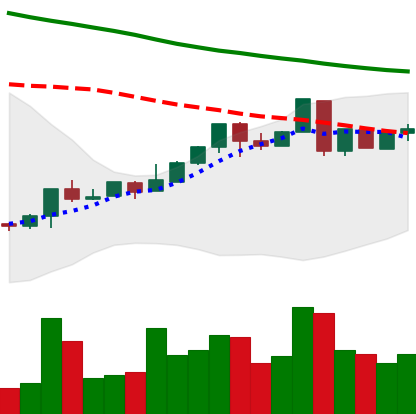
Ticker: LTC-USD
Chart end date: 2018-04-29
Forward return: 9.866%
Label: up_7plus